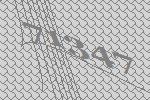
71347